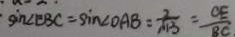
\sin \angle E B C = \sin \angle O A B = \frac { 2 } { \sqrt { 1 3 } } = \frac { C E } { B C . }